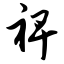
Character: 裨